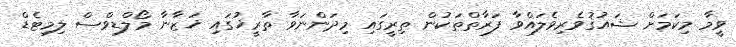
ވީމާ މިކަމަށް ޝައުޤުވެރިވެލައްވާ ފަރާތްތަކުން ތިރީގައި މިދަންނަވާ ތާރީޚުގައި ޚަޒާނާ މޯލްޑިވްސް ލިމިޓެޑް